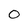
Character: 0